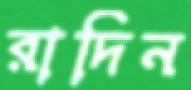
রাদিন